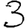
Digit: 3